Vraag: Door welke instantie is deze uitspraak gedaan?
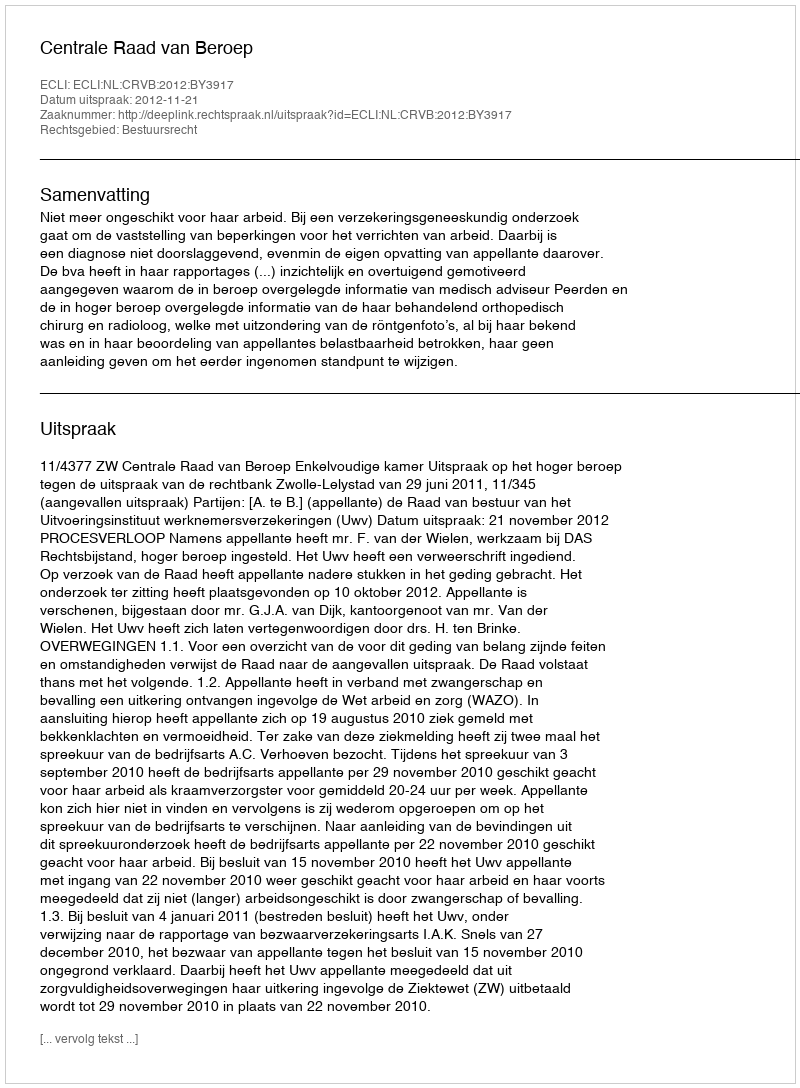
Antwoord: Centrale Raad van Beroep